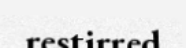
restirred